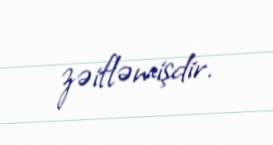
zəifləmişdir.